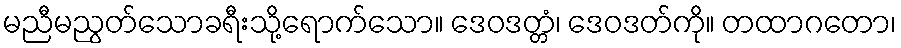
မညီမညွတ်သောခရီးသို့ရောက်သော။ ဒေဝဒတ္တံ၊ ဒေဝဒတ်ကို။ တထာဂတော၊